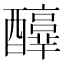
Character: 𨣳